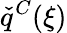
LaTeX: \check{q}^{C}(\xi)